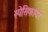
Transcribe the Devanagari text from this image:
स्पेसिफायर